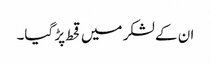
ان کے لشکر میں قحط پڑ گیا۔